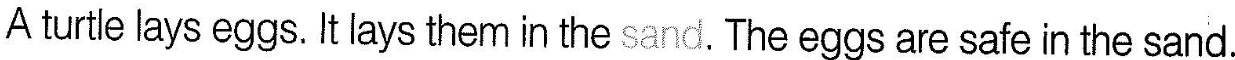
A turtle lays eggs.It lays them in the sand. The eggs are safe in the sand.